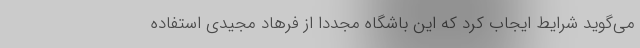
می‌گوید شرایط ایجاب کرد که این باشگاه مجددا از فرهاد مجیدی استفاده